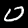
Digit: 0